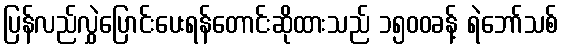
ပြန်လည်လွှဲပြောင်းပေးရန်တောင်းဆိုထားသည် ၁၅၀၀ခန့် ရဲဘော်သစ်